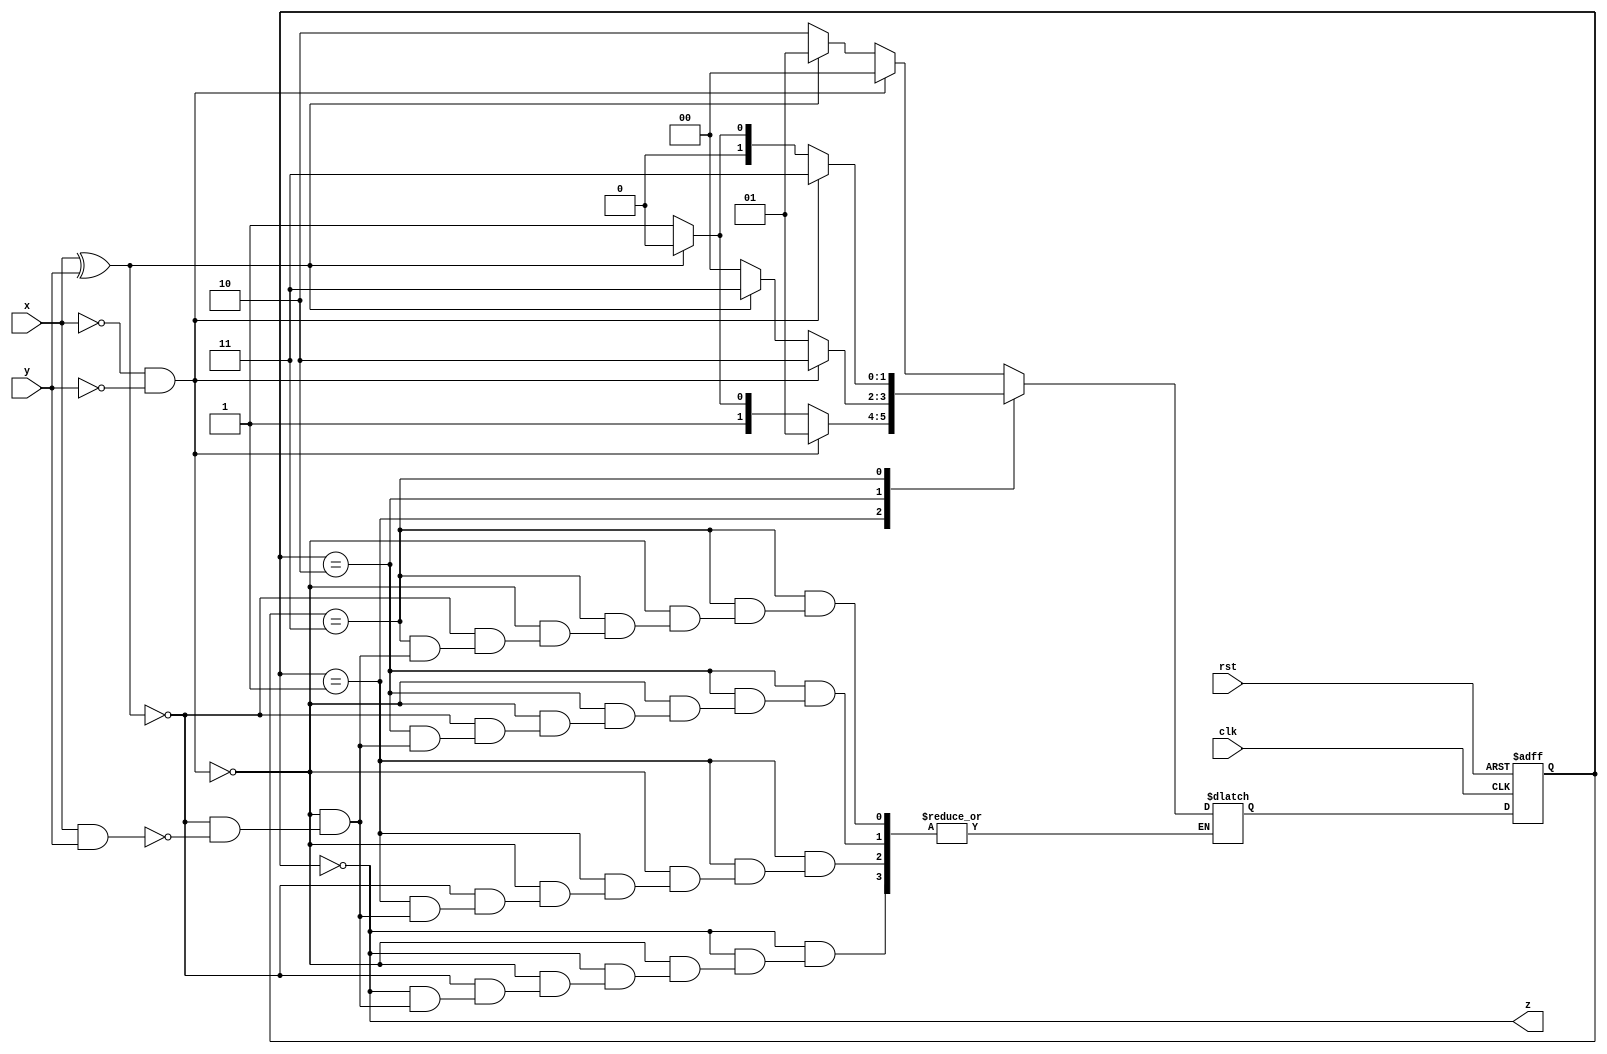
// x , y intrare
// z iesire
// z este 1 daca nr de val de intrare pt x si y de la reset este multiplu de 4
// z este 0 in rest

module top(
    input wire clk,
    input wire rst,
    input wire x,
    input wire y,
    output wire z
);

reg [1:0] state_reg, state_next;

parameter S0 = 2'b00;
parameter S1 = 2'b01;
parameter S2 = 2'b10;
parameter S3 = 2'b11;

// S0 -> am 0 de 1
// S1 -> am 1 de 1
// S2 -> am 2 de 1
// S3 -> am 3 de 1
// S4 -> am 4 de 1 -> S0

// FSM Logic

always @(posedge clk or posedge rst) begin
    if(rst)
        state_reg <= S0;
    else
        state_reg <= state_next;
end

// Next State Logic

always @(*) begin
    case(state_reg)
        S0: begin
            if(~x & ~y)
                state_next = S0;
            else if(x ^ y)
                state_next = S1;
            else if(x & y)
                state_next = S2;
        end

        S1: begin
            if(~x & ~y)
                state_next = S1;
            else if(x ^ y)
                state_next = S2;
            else if(x & y)
                state_next = S3;
        end

        S2: begin
            if(~x & ~y)
                state_next = S2;
            else if(x ^ y)
                state_next = S3;
            else if(x & y)
                state_next = S0;
        end

        S3: begin
            if(~x & ~y)
                state_next = S3;
            else if(x ^ y)
                state_next = S0;
            else if(x & y)
                state_next = S1;
        end

    endcase
end

// Output Logic

assign z = (state_reg == S0);

endmodule